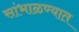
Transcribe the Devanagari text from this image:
सांभाळण्यात